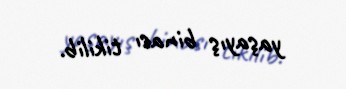
yaşayış binası tikilib.